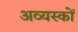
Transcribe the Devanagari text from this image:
अव्यस्कों